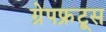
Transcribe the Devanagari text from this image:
ग्रेपफ्रूट्स